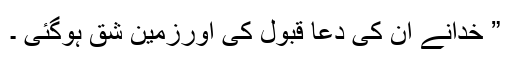
” خدانے ان کی دعا قبول کی اورزمین شق ہوگئی ۔